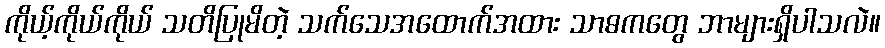
ကိုယ့်ကိုယ်ကိုယ် သတိပြုမိတဲ့ သက်သေအထောက်အထား သာဓကတွေ ဘာများရှိပါသလဲ။